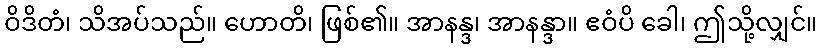
ဝိဒိတံ၊ သိအပ်သည်။ ဟောတိ၊ ဖြစ်၏။ အာနန္ဒ၊ အာနန္ဒာ။ ဧဝံပိ ခေါ၊ ဤသို့လျှင်။